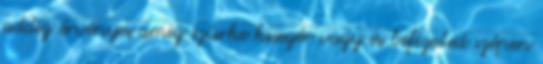
addig érvényes amig szürke kisegér vagy és befizeted szépen